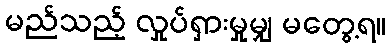
မည်သည့် လှုပ်ရှားမှုမျှ မတွေ့ရ။